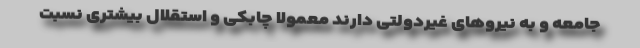
جامعه و به نیروهای غیردولتی دارند معمولاً چابکی و استقلال بیشتری نسبت